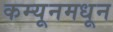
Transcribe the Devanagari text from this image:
कम्यूनमधून